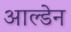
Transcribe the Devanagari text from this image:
आल्डेन